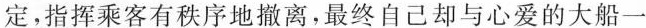
定，指挥乘客有秩序地撤离，最终自己却与心爱的大船一